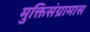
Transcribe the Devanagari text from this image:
मुक्तिसंग्रामास